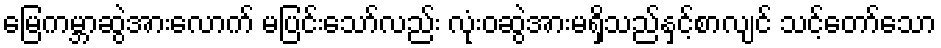
မြေကမ္ဘာဆွဲအားလောက် မပြင်းသော်လည်း လုံးဝဆွဲအားမရှိသည်နှင့်စာလျင် သင့်တော်သော